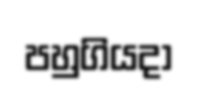
පහුගියදා